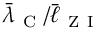
\bar { \lambda } _ { \mathrm { ~ C ~ } } / \bar { \ell } _ { \mathrm { ~ Z ~ I ~ } }